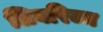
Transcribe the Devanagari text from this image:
लिबरिज्म